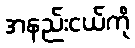
အနည်းငယ်ကို